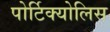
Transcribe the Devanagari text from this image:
पोर्टिक्योलिस